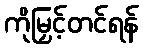
ကိုမြှင့်တင်ရန်